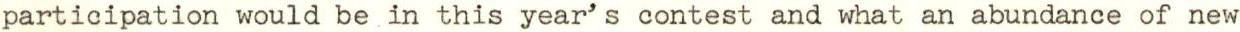
participation would be in this year's contest and what an abundance of new